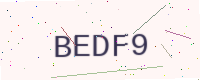
Text: BEDF9